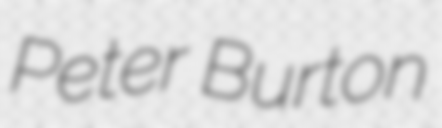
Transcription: Peter Burton